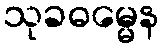
သုခဓမ္မေန